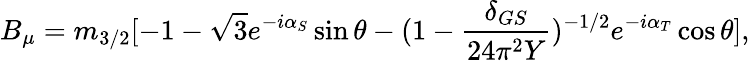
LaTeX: B_{\mu}=m_{3/2}[-1-\sqrt{3}e^{-i\alpha_{S}}\sin\theta-(1-\frac{\delta_{GS}}{24\pi^{2}Y})^{-1/2}e^{-i\alpha_{T}}\cos\theta],